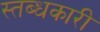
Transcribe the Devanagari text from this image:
स्तब्धकारी